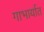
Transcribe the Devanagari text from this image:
गाभार्यात